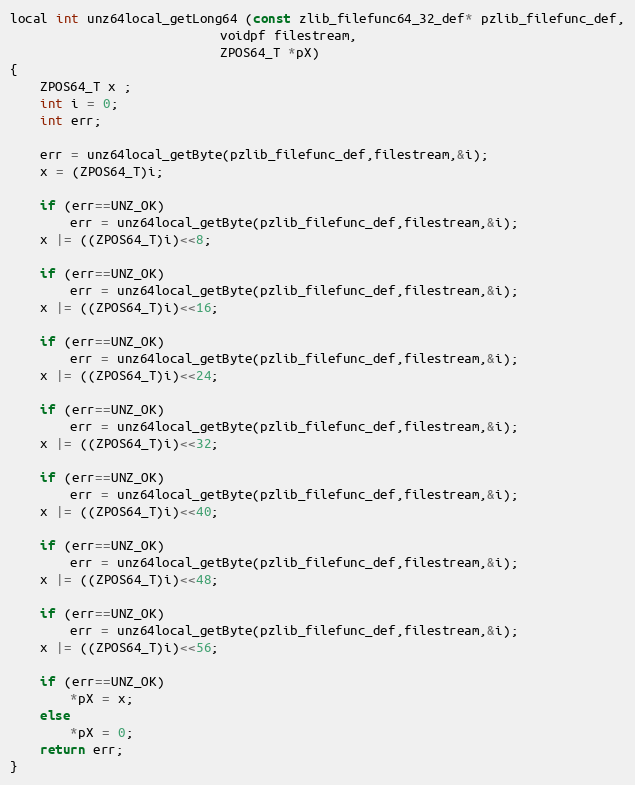
Language: C
local int unz64local_getLong64 (const zlib_filefunc64_32_def* pzlib_filefunc_def,
                            voidpf filestream,
                            ZPOS64_T *pX)
{
    ZPOS64_T x ;
    int i = 0;
    int err;

    err = unz64local_getByte(pzlib_filefunc_def,filestream,&i);
    x = (ZPOS64_T)i;

    if (err==UNZ_OK)
        err = unz64local_getByte(pzlib_filefunc_def,filestream,&i);
    x |= ((ZPOS64_T)i)<<8;

    if (err==UNZ_OK)
        err = unz64local_getByte(pzlib_filefunc_def,filestream,&i);
    x |= ((ZPOS64_T)i)<<16;

    if (err==UNZ_OK)
        err = unz64local_getByte(pzlib_filefunc_def,filestream,&i);
    x |= ((ZPOS64_T)i)<<24;

    if (err==UNZ_OK)
        err = unz64local_getByte(pzlib_filefunc_def,filestream,&i);
    x |= ((ZPOS64_T)i)<<32;

    if (err==UNZ_OK)
        err = unz64local_getByte(pzlib_filefunc_def,filestream,&i);
    x |= ((ZPOS64_T)i)<<40;

    if (err==UNZ_OK)
        err = unz64local_getByte(pzlib_filefunc_def,filestream,&i);
    x |= ((ZPOS64_T)i)<<48;

    if (err==UNZ_OK)
        err = unz64local_getByte(pzlib_filefunc_def,filestream,&i);
    x |= ((ZPOS64_T)i)<<56;

    if (err==UNZ_OK)
        *pX = x;
    else
        *pX = 0;
    return err;
}